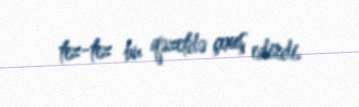
tez-tez bu qəzetdə çıxış edirdi.